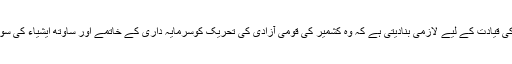
یہ صورتحال اس تحریک اور اس کی قیادت کے لیے لازمی بنادیتی ہے کہ وہ کشمیر کی قومی آزادی کی تحریک کوسرمایہ داری کے خاتمے اور ساوتھ ایشیاء کی سوشلسٹ فیڈریشن سے وابستہ کرئے۔